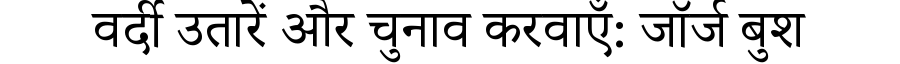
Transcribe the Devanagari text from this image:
वर्दी उतारें और चुनाव करवाएँ: जॉर्ज बुश